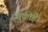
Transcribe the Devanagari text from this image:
चुकीहै।